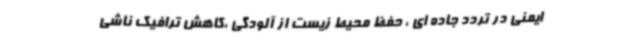
ایمنی در تردد جاده ای ، حفظ محیط زیست از آلودگی ،کاهش ترافیک ناشی